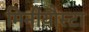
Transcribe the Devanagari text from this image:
मिनीयौस्टा